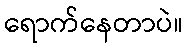
ရောက်နေတာပဲ။